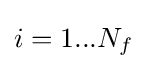
i=1...N_{f}